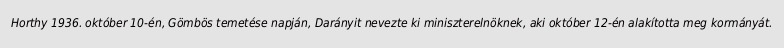
Horthy 1936. október 10-én, Gömbös temetése napján, Darányit nevezte ki miniszterelnöknek, aki október 12-én alakította meg kormányát.